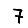
Digit: 7